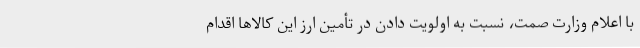
با اعلام وزارت صمت، نسبت به اولویت دادن در تأمین ارز این کالاها اقدام